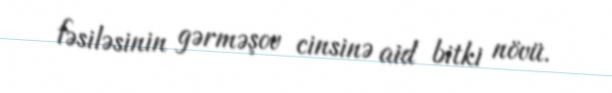
fəsiləsinin gərməşov cinsinə aid bitki növü.